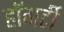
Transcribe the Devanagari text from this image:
हॉगर्टी